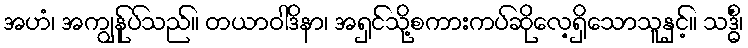
အဟံ၊ အကျွန်ုပ်သည်။ တယာဝါဒိနာ၊ အရှင်သို့စကားကပ်ဆိုလေ့ရှိသောသူနှင့်။ သဒ္ဓိံ၊